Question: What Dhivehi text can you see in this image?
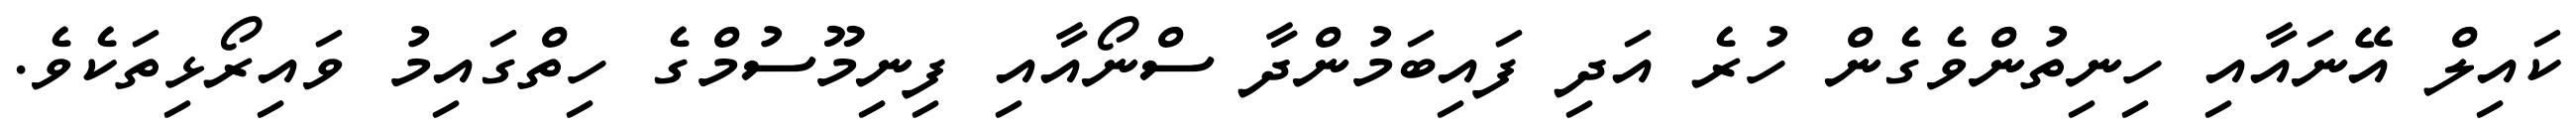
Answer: ކައިލް އޭނައާއި ހިނިތުންވެގެން ހުރެ އަދި ފައިބަމުންދާ ސްނޯއާއި ފިނިމޫސުމްގެ ހިތްގައިމު ވައިރޯޅިތަކެވެ.